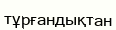
тұрғандықтан